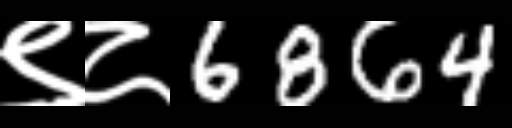
Text: ९८6864